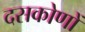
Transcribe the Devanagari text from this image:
दसकोणों